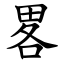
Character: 畧